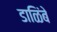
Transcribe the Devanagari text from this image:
डाळिंबे